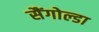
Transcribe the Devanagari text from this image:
सैंगोल्डा